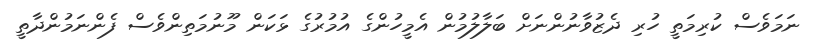
ނަމަވެސް ކުރިމަތީ ހުރި ދެޒުވާނުންނަށް ބަލާލުމުން އެމީހުންގެ އުމުރުގެ ޅަކަން މޫނުމަތިންވެސް ފެންނަމުންދާތީ